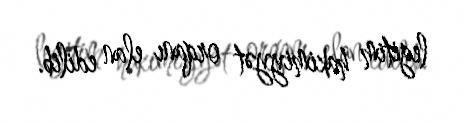
legitim hakimiyyət orqanı elan edilib.